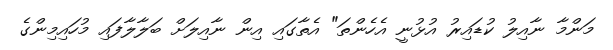
މަންމާ ނާއިލު ކުޑައިރު އުޅުނީ އެހެންތަ" އެތާގައި އިން ނާއިލަށް ބަލާލާފައި މުހައިމިންގެ